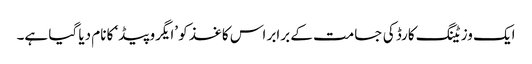
ایک وزیٹنگ کارڈ کی جسامت کے برابر اس کاغذ کو ’ایگروپیڈ‘ کا نام دیا گیا ہے۔